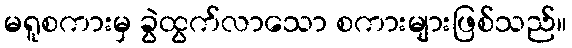
မရူစကားမှ ခွဲထွက်လာသော စကားများဖြစ်သည်။